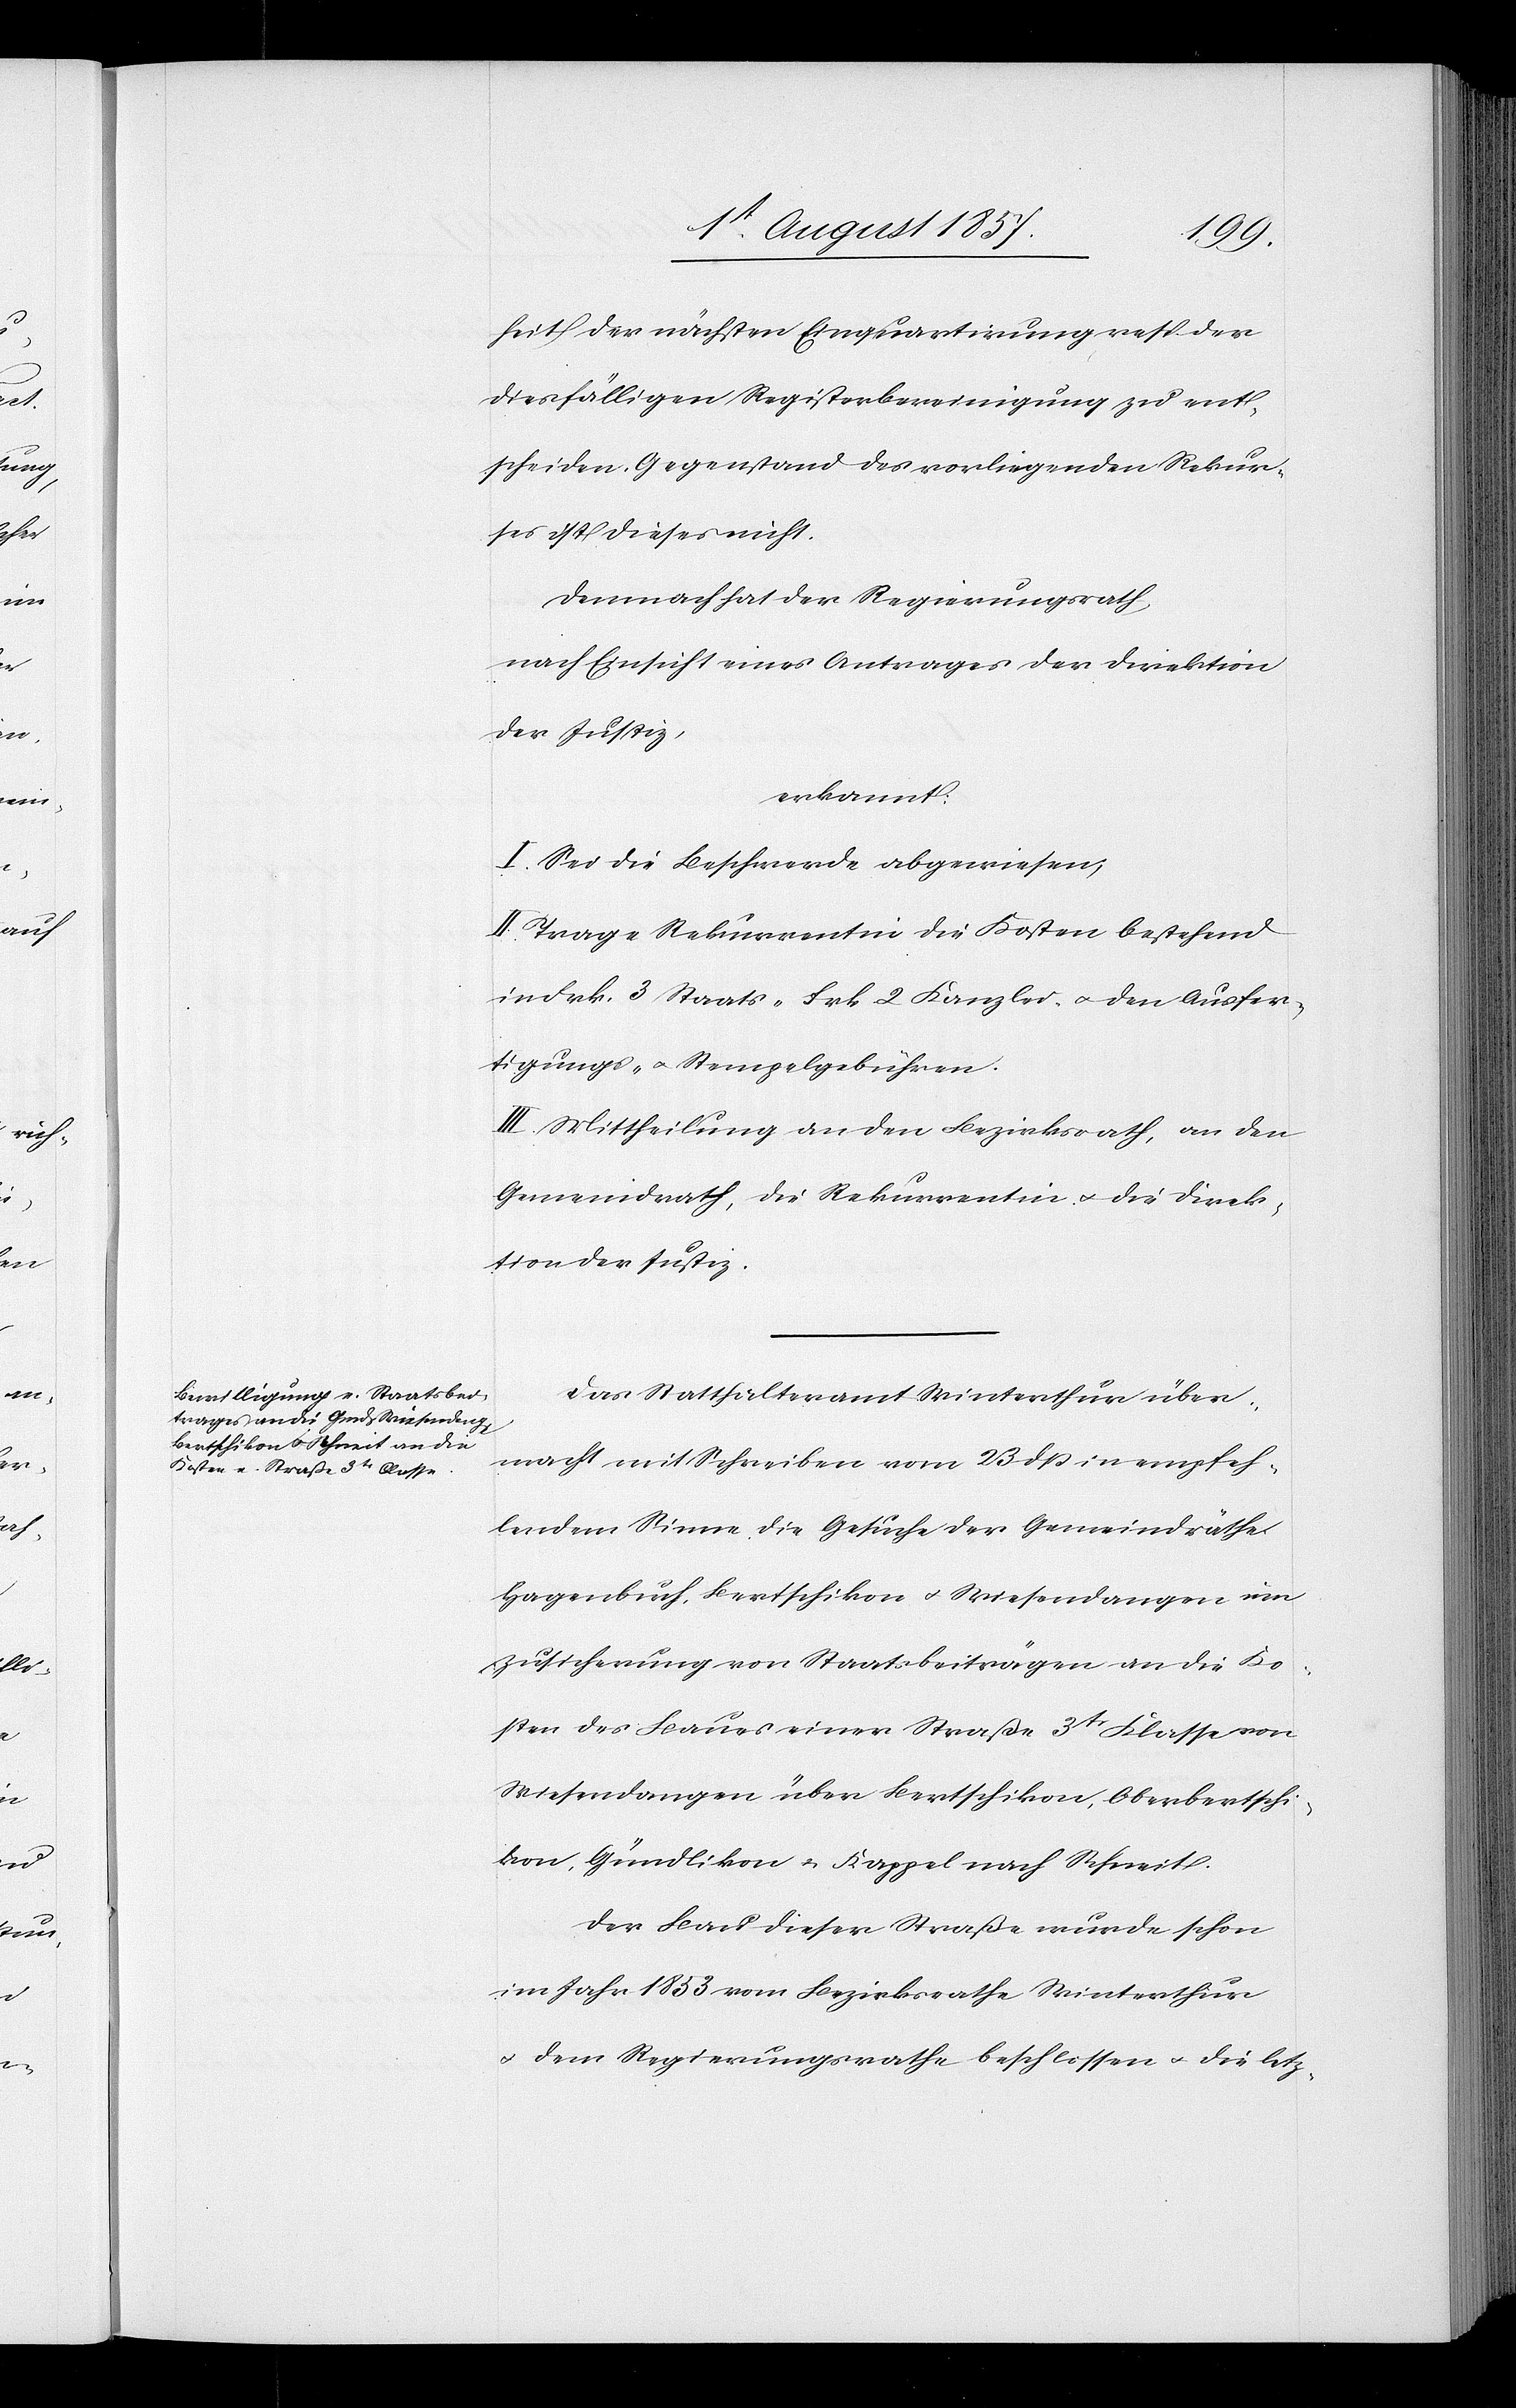
heit der nächsten Einquartirung resp. der
diesfälligen Registerbereinigung zu ent¬
scheiden. Gegenstand des vorliegenden Rekur¬
ses ist dieses nicht.
Demnach hat der Regierungsrath
nach Einsicht eines Antrages der Direktion
der Justiz,
erkannt:
I. Sei die Beschwerde abgewiesen,
II. Trage die Rekurrentin die Kosten bestehend
in Frk. 3 Staats-[,] Frk. 2 Kanzlei- & den Ausfer¬
tigungs- & Stempelgebühren.
III. Mittheilung an den Bezirksrath, an den
Gemeindrath, die Rekurrentin & die Direk¬
tion der Justiz.
Das Statthalteramt Winterthur über¬
macht mit Schreiben vom 23 dß in empfeh¬
lendem Sinne die Gesuche der Gemeindräthe
Hagenbuch, Bertschikon & Wiesendangen um
Zusicherung von Staatsbeiträgen an die Ko¬
sten des Baues einer Straße 3tr Klasse von
Wiesendangen über Bertschikon, Oberbertschi¬
kon, Gründlikon & Kappel nach Schneit.
Der Bau dieser Straße wurde schon
im Jahr 1833 vom Bezirksrathe Winterthur
& dem Regierungsrathe beschlossen & die letz-